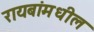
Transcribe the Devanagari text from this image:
रायबांमधील